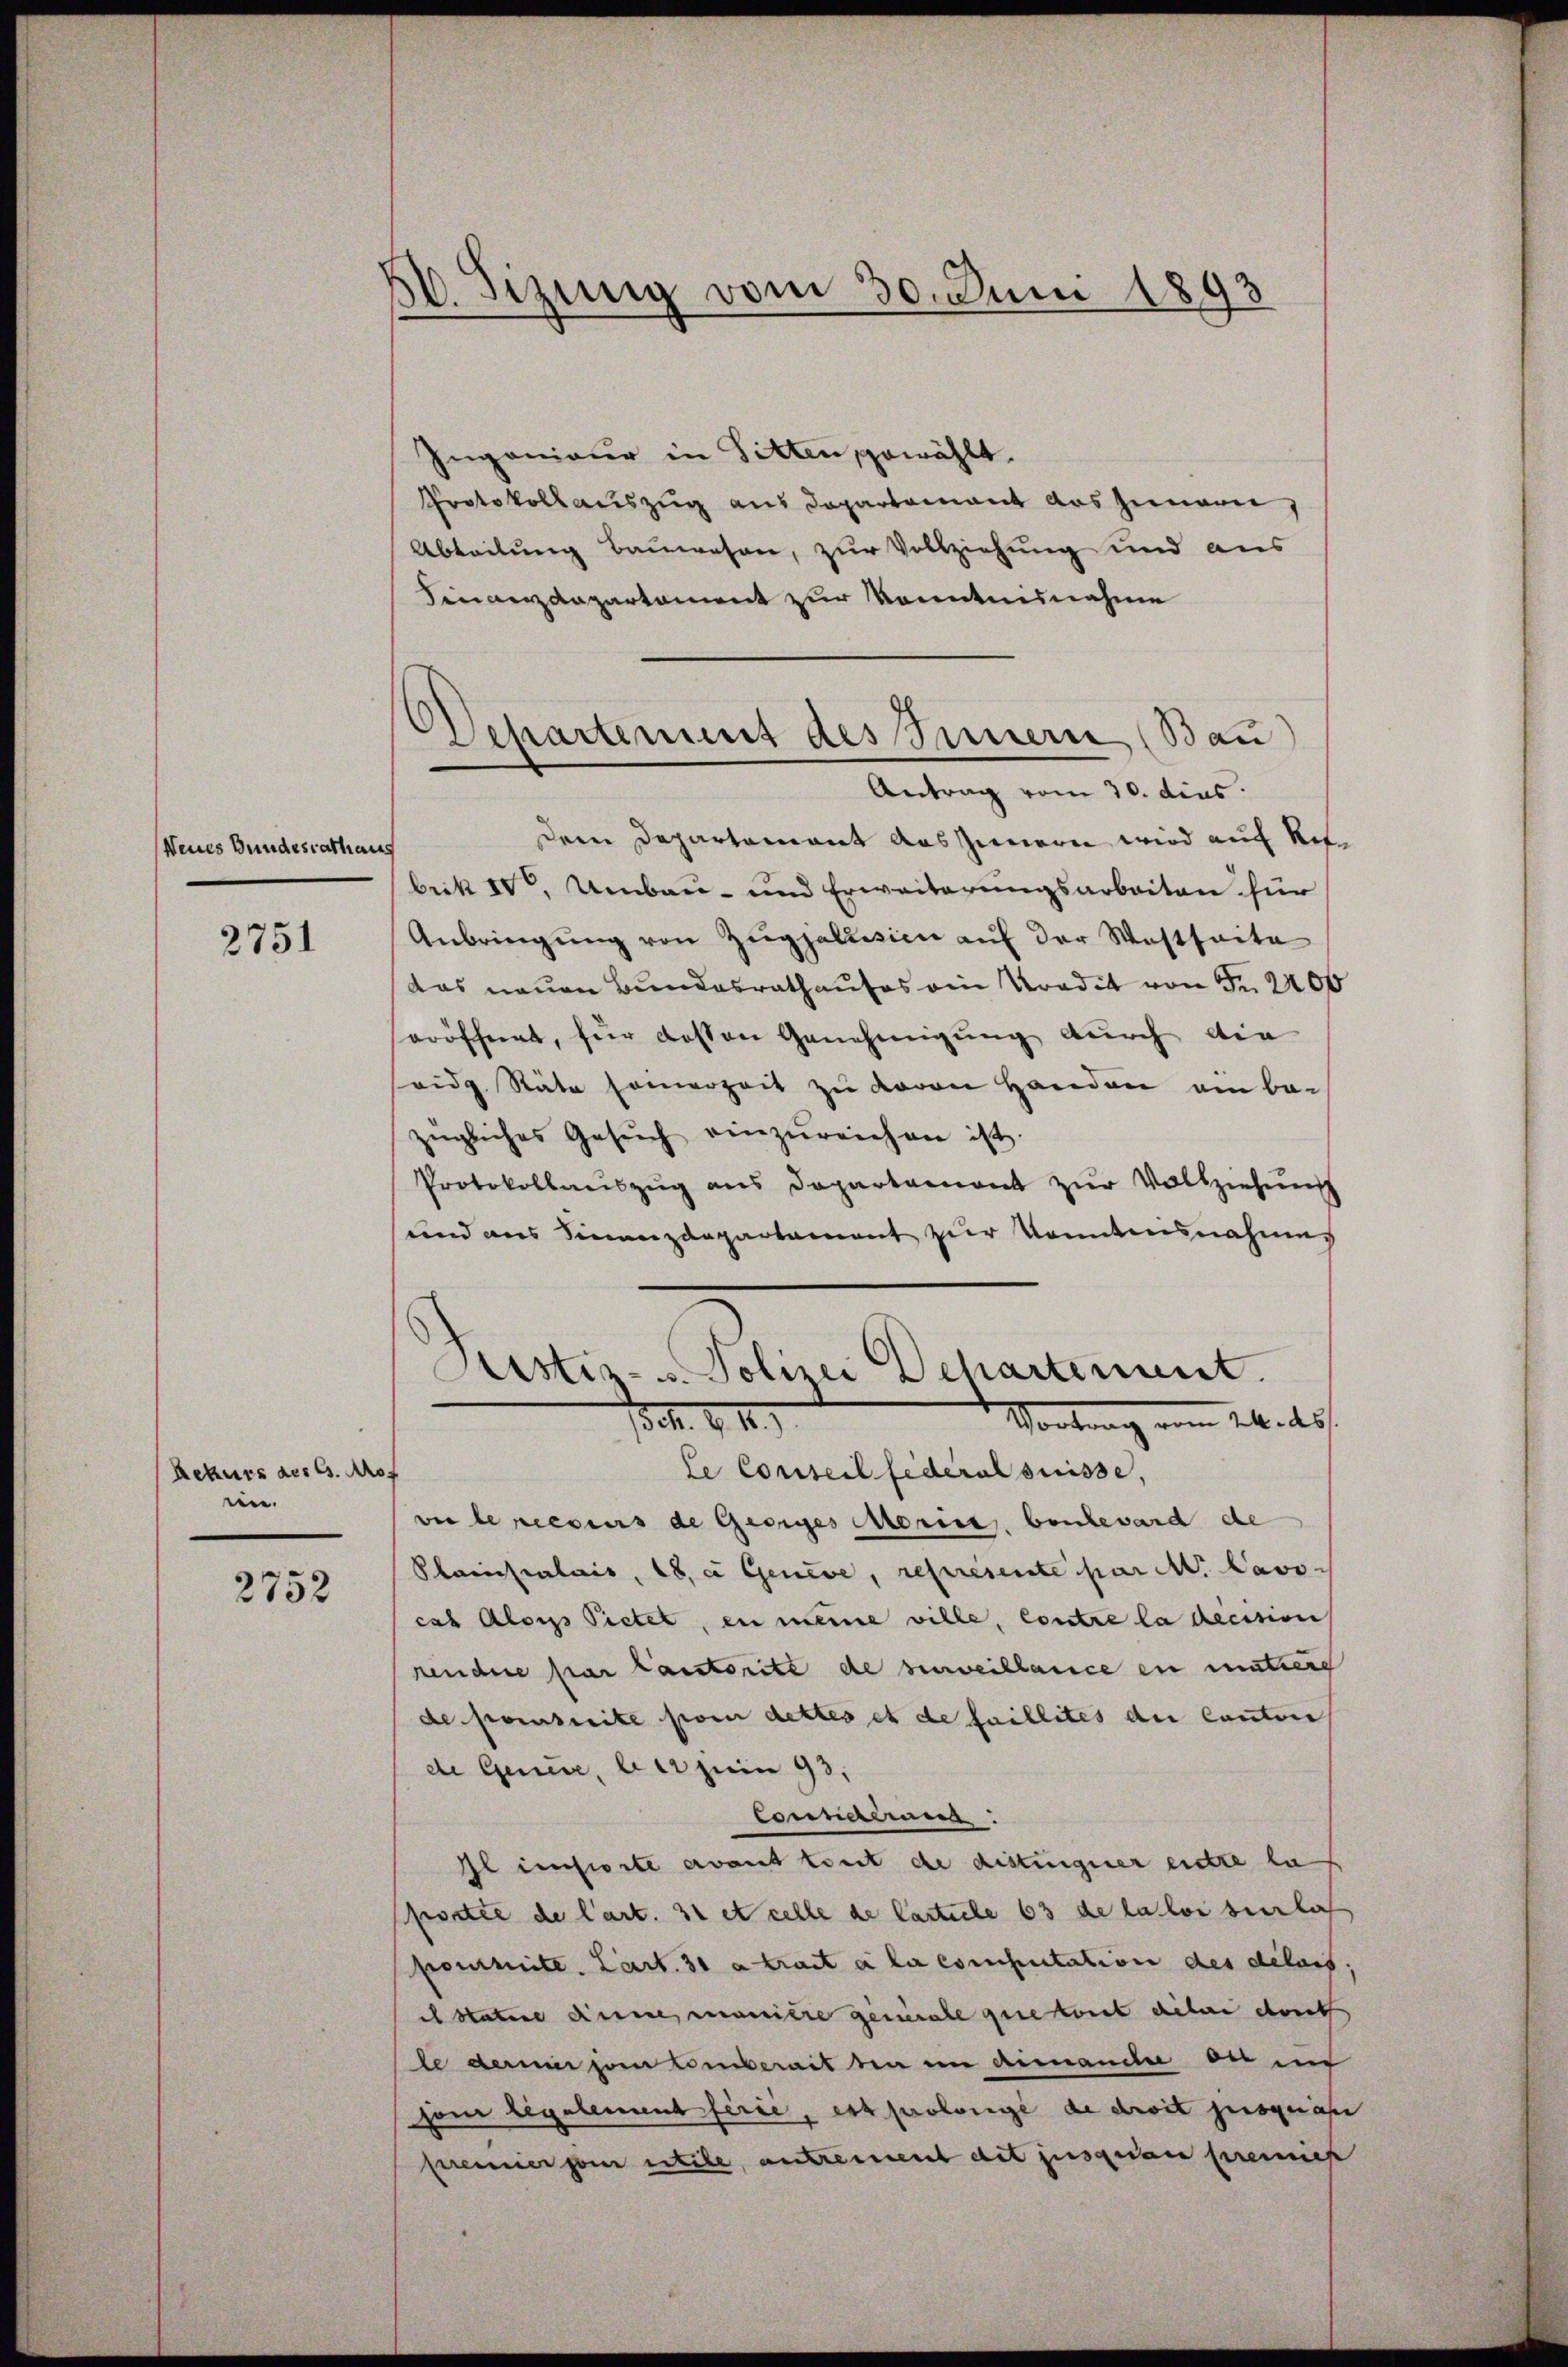
Neues Bundesrathaus

2751

Rekurs des C. Prof
in.

2752

10. Sizung vom 30. Juni 1893

Departement des Innern (Bau
Antrag vom 30. dies

Ingenieur in Sitten gewählt.
Protokoll auszug aus Departamant aus jemann,
Abteilung Bauwesen, zur Vollziehung und aus
Finanzdepartament zur Kenntnisnahme
Dem Departement auszieren wird auf Ret
brik IV, Umbau- und Erweiterungsarbeiten für
Anbringŭng von Zŭgpallesien aŭf der Westseite
das neuen Bundesrathauses ein Vordit von Fr. 2200
eröffnet, für dessen Genehmigung durch die
vidg. Räte seinerzeit zu davon Handen am bei
zügliches Gesŭch einzŭreichen ist.
Protokollaŭszŭg ans Departament zŭr Vollziehung
rend aus Finanzdepartament zŭr Bandesnahmen
Sistiz- u. Polizei Dehartement.
10. d. 11.
Vortrag vom 24. ds.
le Conseil fédéral suisse,
ver le peccurs de Georges Morice boulevard de
Plainpalais, 18. a Geneve, represente par Mr. Cavo-
cab Alois Pietet, en meine wille, contre la decision
rendere par lautorite de surveillance in mutiere
de prescrite por dettes et de faillites du Canton
de Genere, la Juin 93,
lonneren.
Il insorte avant tout de distingerer entre las
portée de l’art. 31 et celle de Carticle 63 de lator seinlich
poermite. Cart. 30 a trait à la computation des délais
el Stature dinne manisie gemale quietont dieser dort
le dernier zum tomberait den im dimanche du in
hon legalement ferie, est prolongé de droit jusquas
premier sein utile, antrement dit jusquai premich